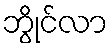
ဘွိုင်လာ